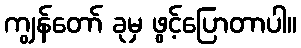
ကျွန်တော် ခုမှ ဖွင့်ပြောတာပါ။